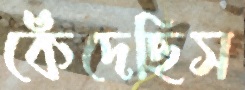
কেঁদেছিস